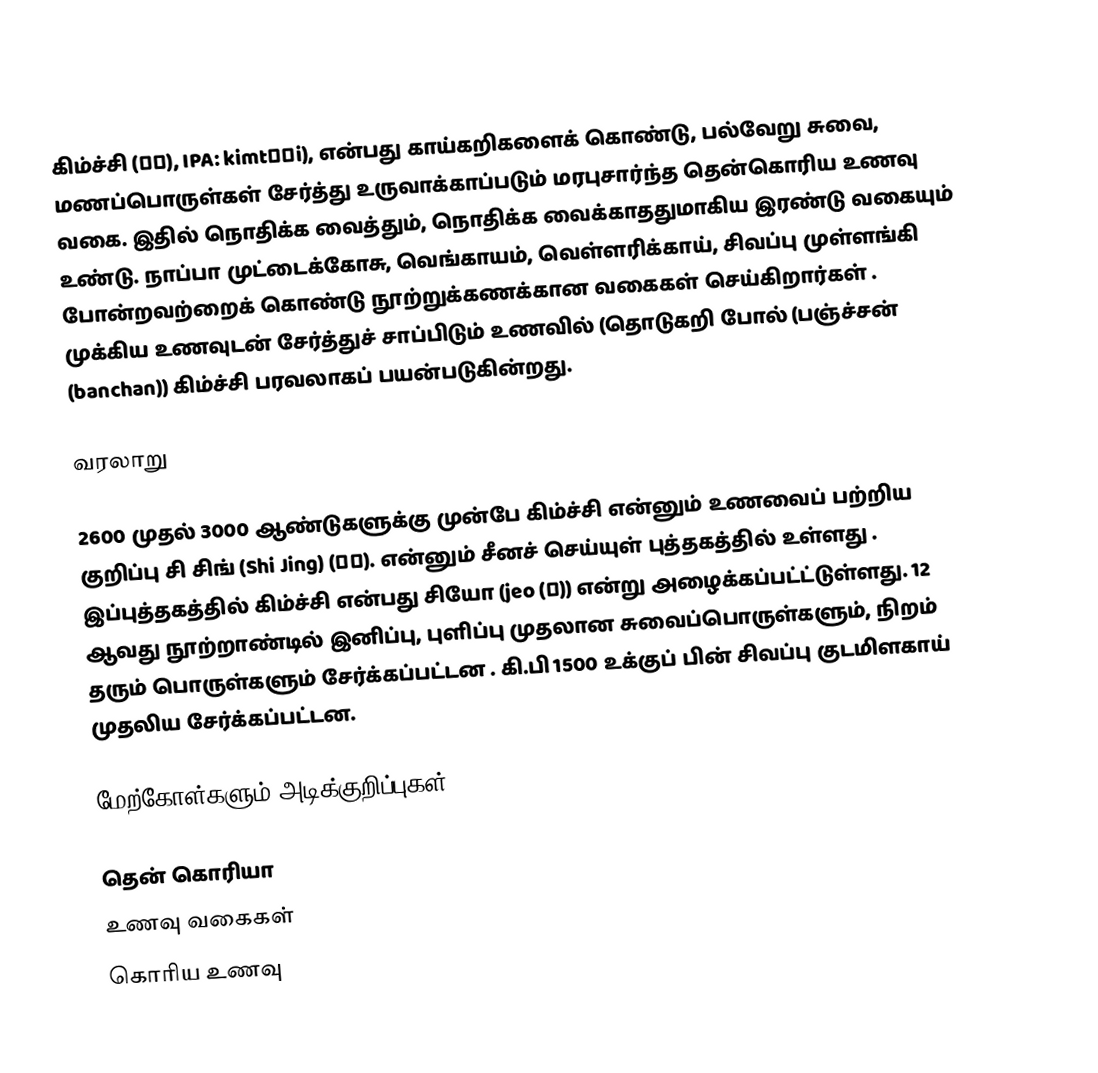
கிம்ச்சி (김치), IPA: kimtɕʰi), என்பது காய்கறிகளைக் கொண்டு, பல்வேறு சுவை, மணப்பொருள்கள் சேர்த்து உருவாக்காப்படும் மரபுசார்ந்த தென்கொரிய உணவு வகை. இதில் நொதிக்க வைத்தும், நொதிக்க வைக்காததுமாகிய இரண்டு வகையும் உண்டு. நாப்பா முட்டைக்கோசு, வெங்காயம், வெள்ளரிக்காய், சிவப்பு முள்ளங்கி போன்றவற்றைக் கொண்டு நூற்றுக்கணக்கான வகைகள் செய்கிறார்கள் . முக்கிய உணவுடன் சேர்த்துச் சாப்பிடும் உணவில் (தொடுகறி போல் (பஞ்ச்சன் (banchan)) கிம்ச்சி பரவலாகப் பயன்படுகின்றது.

வரலாறு

2600 முதல் 3000 ஆண்டுகளுக்கு முன்பே கிம்ச்சி என்னும் உணவைப் பற்றிய குறிப்பு சி சிங் (Shi Jing) (詩經). என்னும் சீனச் செய்யுள் புத்தகத்தில் உள்ளது  . இப்புத்தகத்தில் கிம்ச்சி என்பது சியோ (jeo (菹)) என்று அழைக்கப்பட்ட்டுள்ளது. 12 ஆவது நூற்றாண்டில் இனிப்பு, புளிப்பு முதலான சுவைப்பொருள்களும், நிறம் தரும் பொருள்களும் சேர்க்கப்பட்டன  . கி.பி 1500 உக்குப் பின் சிவப்பு குடமிளகாய் முதலிய சேர்க்கப்பட்டன.

மேற்கோள்களும் அடிக்குறிப்புகள்

தென் கொரியா
உணவு வகைகள்
கொரிய உணவு